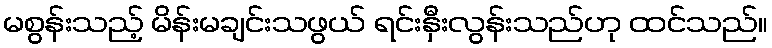
မစွန်းသည့် မိန်းမချင်းသဖွယ် ရင်းနှီးလွန်းသည်ဟု ထင်သည်။